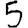
Digit: 5